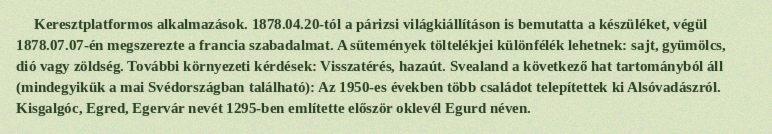
Keresztplatformos alkalmazások. 1878.04.20-tól a párizsi világkiállításon is bemutatta a készüléket, végül 1878.07.07-én megszerezte a francia szabadalmat. A sütemények töltelékjei különfélék lehetnek: sajt, gyümölcs, dió vagy zöldség. További környezeti kérdések: Visszatérés, hazaút. Svealand a következő hat tartományból áll (mindegyikük a mai Svédországban található): Az 1950-es években több családot telepítettek ki Alsóvadászról. Kisgalgóc, Egred, Egervár nevét 1295-ben említette először oklevél Egurd néven.